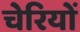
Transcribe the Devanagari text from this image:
चेरियों